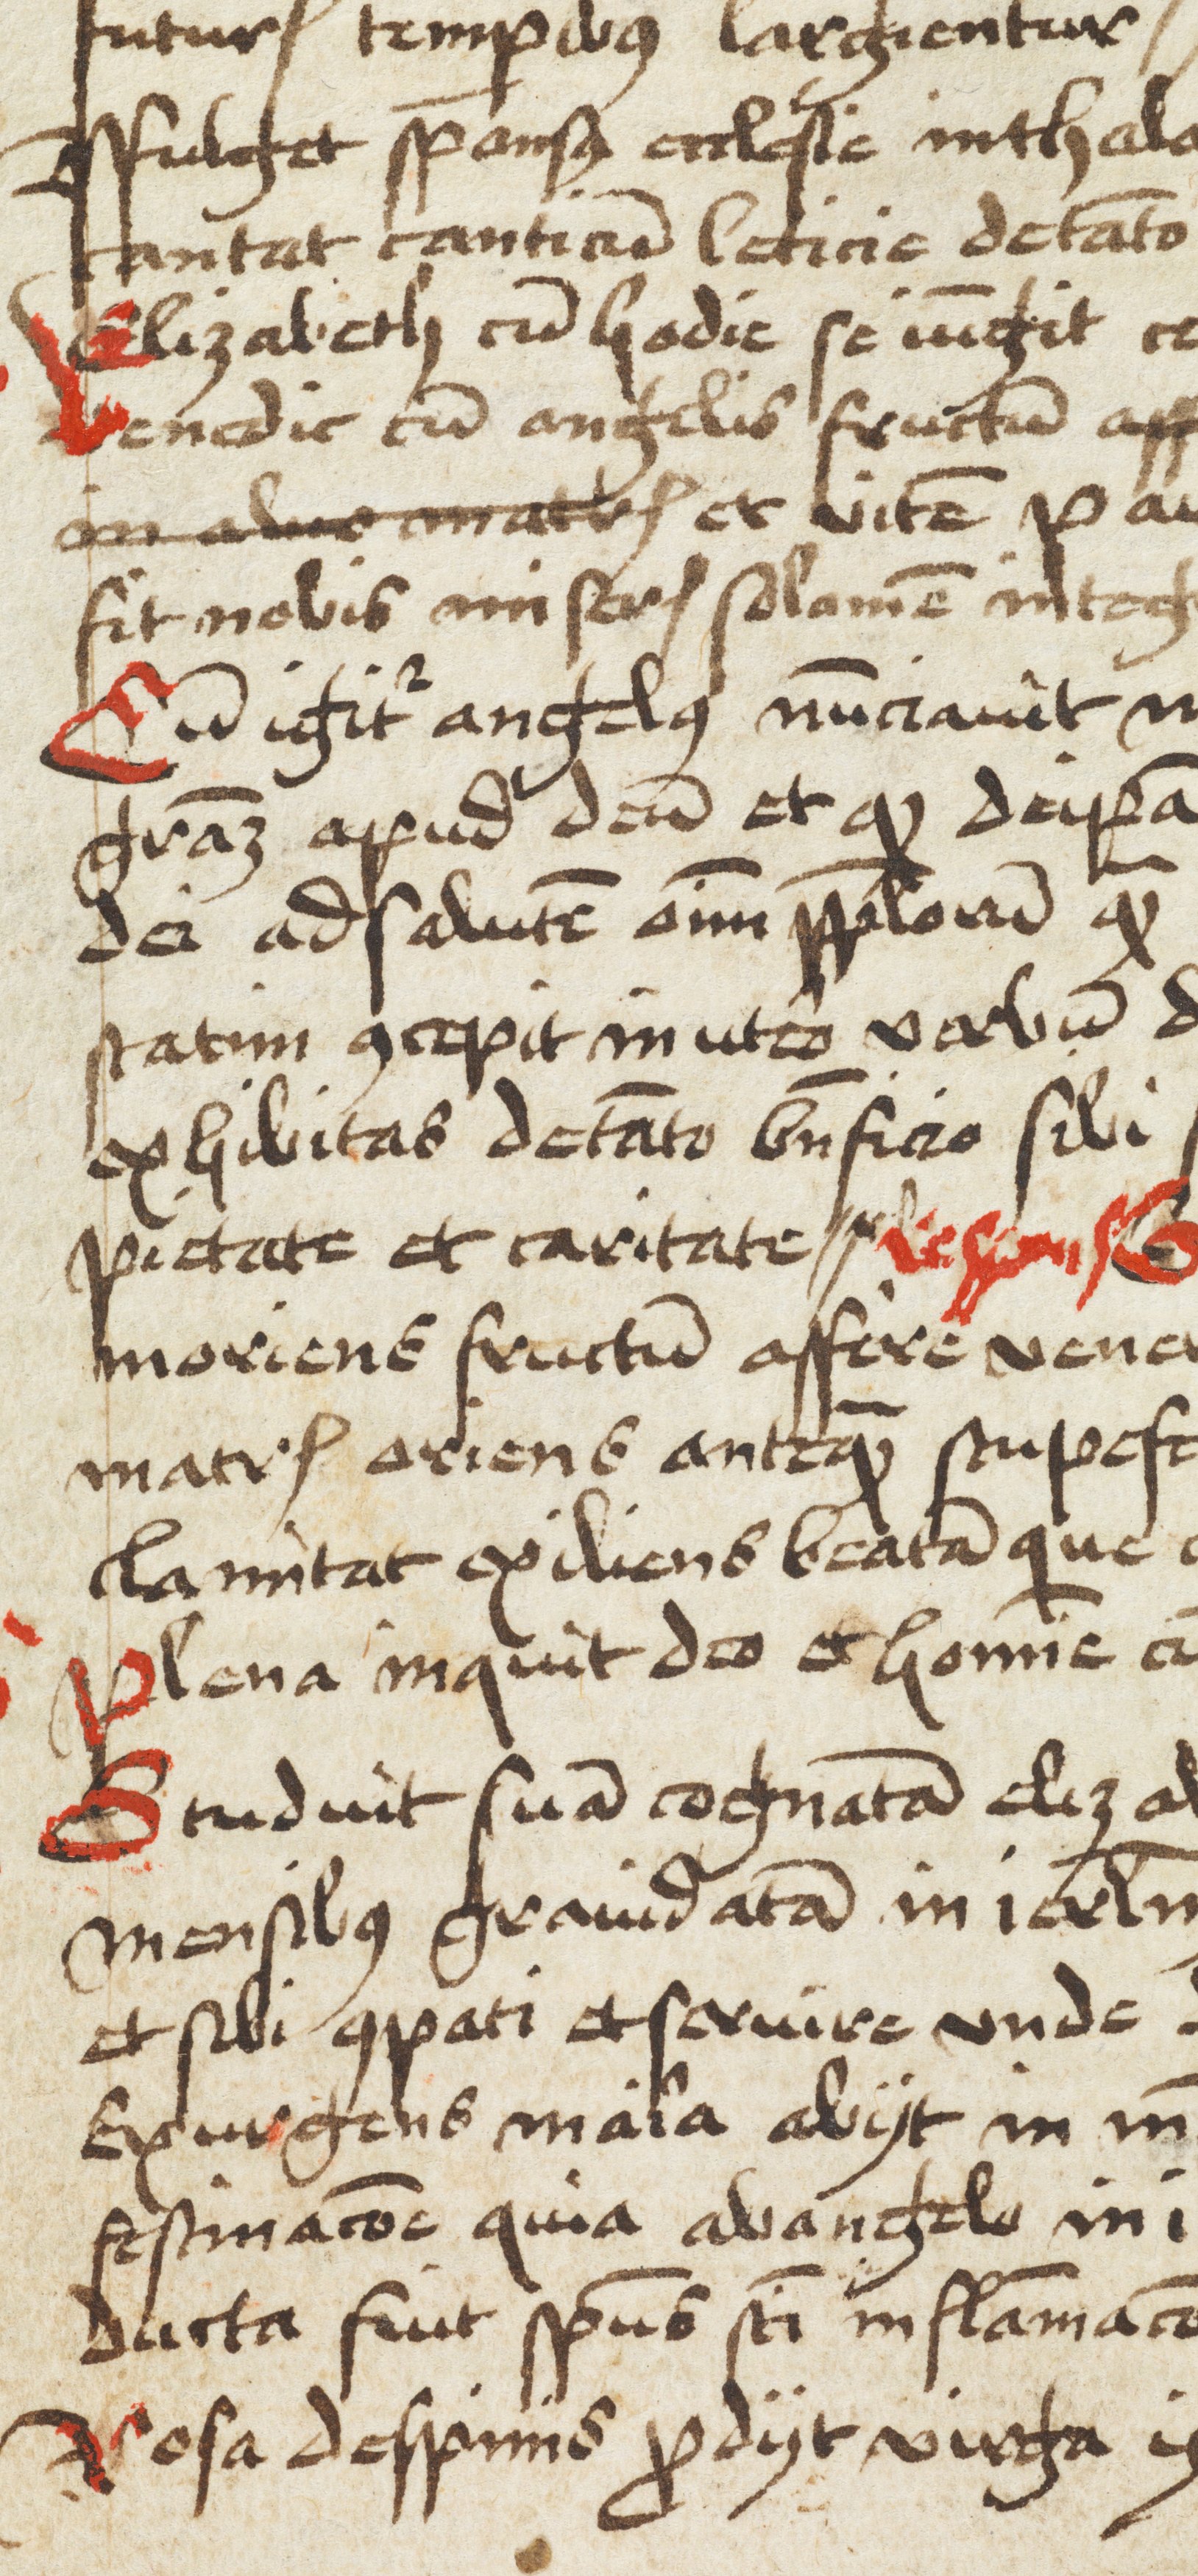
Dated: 1433–1465